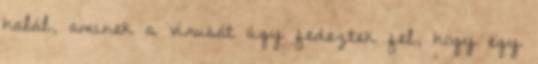
halál, aminek a vírusát úgy fedeztek fel, hogy egy